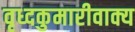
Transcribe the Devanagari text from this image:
वृध्दकुमारीवाक्य